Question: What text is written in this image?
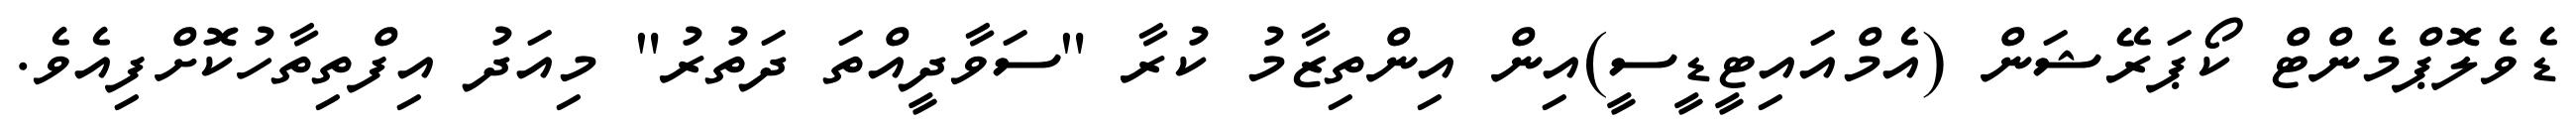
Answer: ޑެވެލޮޕްމެންޓް ކޯޕަރޭޝަން (އެމްއައިޓީޑީސީ)އިން އިންތިޒާމު ކުރާ "ސަވާދީއްތަ ދަތުރު" މިއަދު އިފްތިތާހުކޮށްފިއެވެ.